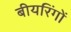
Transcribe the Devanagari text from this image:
बीयरिंगों